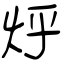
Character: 烀